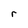
Character: r